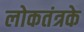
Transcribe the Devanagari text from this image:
लोकतंत्रके